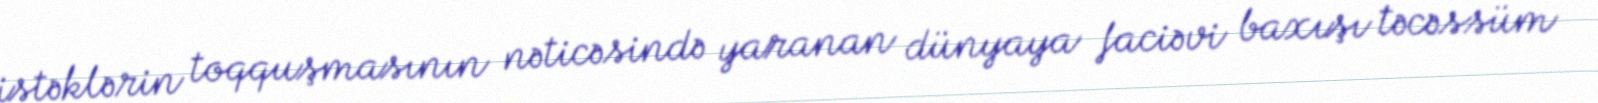
istəklərin toqquşmasının nəticəsində yaranan dünyaya faciəvi baxışı təcəssüm